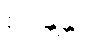
စိန္တေန္တာ